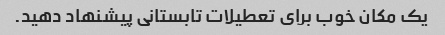
یک مکان خوب برای تعطیلات تابستانی پیشنهاد دهید.